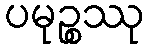
ပမုဉ္စဿု